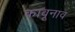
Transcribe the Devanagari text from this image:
कावूनाव